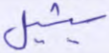
سيشيل